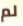
لم